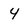
Character: 4